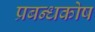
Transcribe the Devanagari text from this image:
प्रबन्धकोष